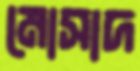
মোসাদ